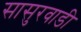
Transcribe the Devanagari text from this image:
सासुरवाडी